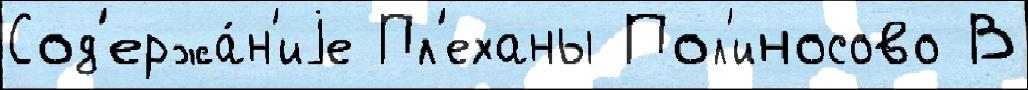
Сод'ержа́н'иjе Пл'еханы Пол'иносово В